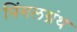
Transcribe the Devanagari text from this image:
पिंगलग्रंथ